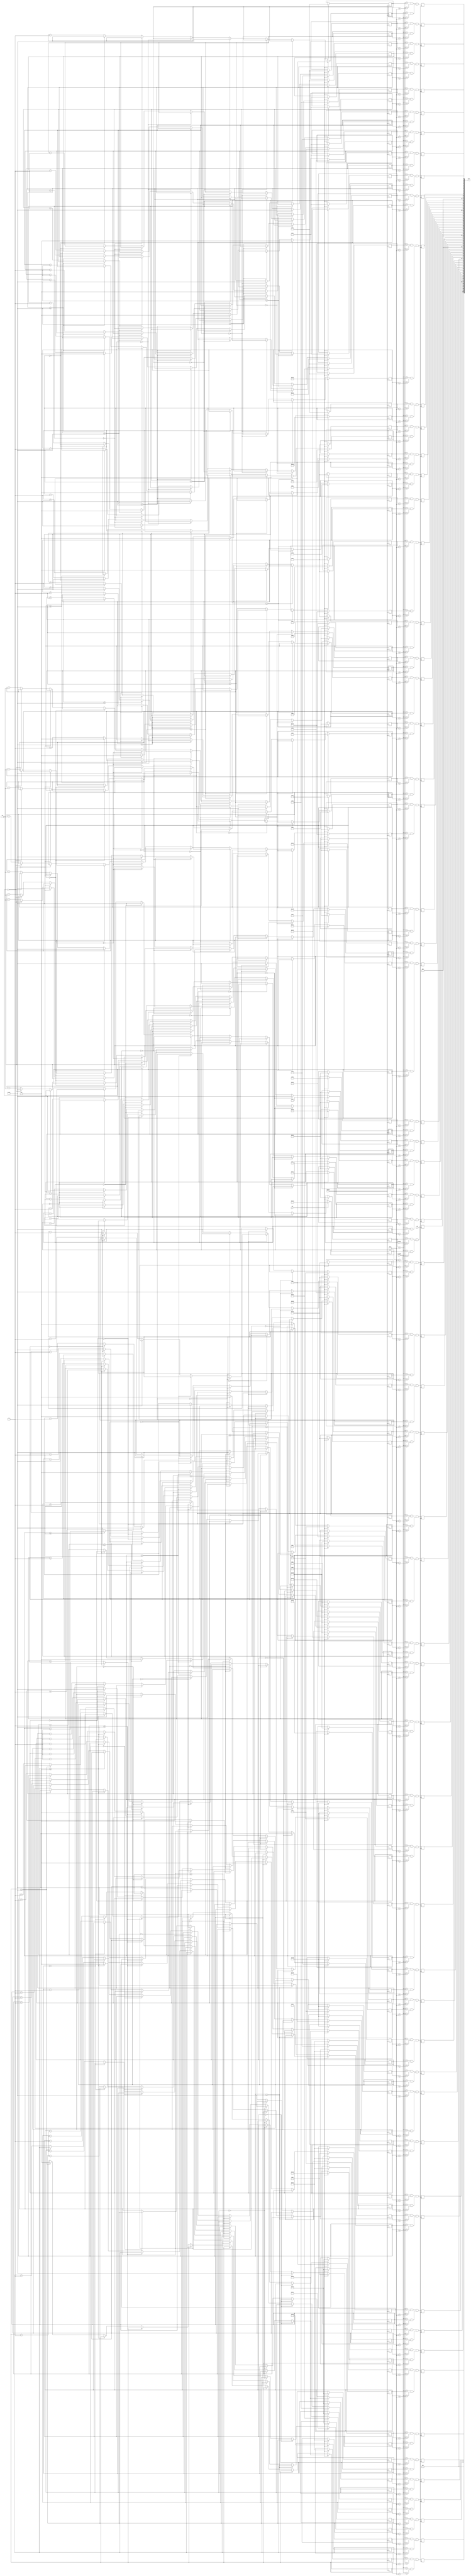
module Easy (clk,update,rst,xLength,yLength,cake);	
input clk,rst,update;

input [9:0]xLength;
input [9:0]yLength;
wire [9:0] xLength;
wire [9:0] yLength;

output [100:0]cake;

//cakes are being thrown out of trucks on either side of Guy
//trucks are numbered from left to right and can throw cakes from above or below

//truck 1 (far left truck)
assign cake[0] = truck1c0;
assign cake[1] = truck1c1;
assign cake[2] = truck1c2;
assign cake[3] = truck1c3;
assign cake[4] = truck1c4;
assign cake[5] = truck1c5;
//truck 2
assign cake[6] = truck2c0;
assign cake[7] = truck2c1;
assign cake[8] = truck2c2;
assign cake[9] = truck2c3;
assign cake[10] = truck2c4;
assign cake[11] = truck2c5;
//truck 3 (Doesnt throw cakes in Easy Mode)
assign cake[12] = 1'b0;
assign cake[13] = 1'b0;
assign cake[14] = 1'b0;
assign cake[15] = 1'b0;
assign cake[16] = 1'b0;
assign cake[17] = 1'b0;
//truck 4
assign cake[18] = truck4c0;
assign cake[19] = truck4c1;
assign cake[20] = truck4c2;
assign cake[21] = truck4c3;
assign cake[22] = truck4c4;
assign cake[23] = truck4c5;
//truck 5 (Doesnt throw cakes in Easy Mode)
assign cake[24] = 1'b0;
assign cake[25] = 1'b0;
assign cake[26] = 1'b0;
assign cake[27] = 1'b0;
assign cake[28] = 1'b0;
assign cake[29] = 1'b0;
//truck 6
assign cake[30] = truck6c0;
assign cake[31] = truck6c1;
assign cake[32] = truck6c2;
assign cake[33] = truck6c3;
assign cake[34] = truck6c4;
assign cake[35] = truck6c5;
assign cake[36] = truck6c6;
assign cake[37] = truck6c7;
//truck 7
assign cake[38] = truck7c0;
assign cake[39] = truck7c1;
assign cake[40] = truck7c2;
assign cake[41] = truck7c3;
assign cake[42] = truck7c4;
assign cake[43] = truck7c5;
//truck 8 (no cake falls here ever, its where Guy starts)
assign cake[44] = 1'b0;
assign cake[45] = 1'b0;
assign cake[46] = 1'b0;
assign cake[47] = 1'b0;
assign cake[48] = 1'b0;
assign cake[49] = 1'b0;
//truck 9
assign cake[50] = truck9c0;
assign cake[51] = truck9c1;
assign cake[52] = truck9c2;
assign cake[53] = truck9c3;
assign cake[54] = truck9c4;
assign cake[55] = truck9c5;
//truck 10 (Doesnt throw cakes in Easy Mode)
assign cake[56] = 1'b0;
assign cake[57] = 1'b0;
assign cake[58] = 1'b0;
assign cake[59] = 1'b0;
assign cake[60] = 1'b0;
assign cake[61] = 1'b0;
//truck 11
assign cake[62] = truck11c0;
assign cake[63] = truck11c1;
assign cake[64] = truck11c2;
assign cake[65] = truck11c3;
assign cake[66] = truck11c4;
assign cake[67] = truck11c5;
//truck 12 (Doesnt throw cakes in Easy Mode)
assign cake[68] = 1'b0;
assign cake[69] = 1'b0;
assign cake[70] = 1'b0;
assign cake[71] = 1'b0;
assign cake[72] = 1'b0;
assign cake[73] = 1'b0;
assign cake[74] = 1'b0;
//truck 13
assign cake[75] = truck13c0;
assign cake[76] = truck13c1;
assign cake[77] = truck13c2;
assign cake[78] = truck13c3;
assign cake[79] = truck13c4;
assign cake[80] = truck13c5;
//truck 14
assign cake[81] = truck14c0;
assign cake[82] = truck14c1;
assign cake[83] = truck14c2;
assign cake[84] = truck14c3;
assign cake[85] = truck14c4;
assign cake[86] = truck14c5;
assign cake[87] = truck14c6;
//truck 15 (Doesnt throw cakes in Easy Mode)
assign cake[88] = 1'b0;
assign cake[89] = 1'b0;
assign cake[90] = 1'b0;
assign cake[91] = 1'b0;
assign cake[92] = 1'b0;
assign cake[93] = 1'b0;
assign cake[94] = 1'b0;
//truck 16
assign cake[95] = truck16c0;
assign cake[96] = truck16c1;
assign cake[97] = truck16c2;
assign cake[98] = truck16c3;
assign cake[99] = truck16c4;
assign cake[100] = truck16c5;

//truck 1
reg truck1c0;
reg truck1c1;
reg truck1c2;
reg truck1c3;
reg truck1c4;
reg truck1c5;

//truck 2
reg truck2c0;
reg truck2c1;
reg truck2c2;
reg truck2c3;
reg truck2c4;
reg truck2c5;

//truck 3 (Doesnt throw cakes in Easy Mode)

//truck 4
reg truck4c0;
reg truck4c1;
reg truck4c2;
reg truck4c3;
reg truck4c4;
reg truck4c5;

//truck 5 (Doesnt throw cakes in Easy Mode)

//truck 6
reg truck6c0;
reg truck6c1;
reg truck6c2;
reg truck6c3;
reg truck6c4;
reg truck6c5;
reg truck6c6;
reg truck6c7;

//truck 7
reg truck7c0;
reg truck7c1;
reg truck7c2;
reg truck7c3;
reg truck7c4;
reg truck7c5;

//truck 8(not needed)

//truck 9
reg truck9c0;
reg truck9c1;
reg truck9c2;
reg truck9c3;
reg truck9c4;
reg truck9c5;

//truck 10 (Doesnt throw cakes in Easy Mode)

//truck 11
reg truck11c0;
reg truck11c1;
reg truck11c2;
reg truck11c3;
reg truck11c4;
reg truck11c5;

//truck 12 (Doesnt throw cakes in Easy Mode)

//truck 13
reg truck13c0;
reg truck13c1;
reg truck13c2;
reg truck13c3;
reg truck13c4;
reg truck13c5;

//truck 14
reg truck14c0;
reg truck14c1;
reg truck14c2;
reg truck14c3;
reg truck14c4;
reg truck14c5;
reg truck14c6;

//truck 15 (Doesnt throw cakes in Easy Mode)

//truck 16
reg truck16c0;
reg truck16c1;
reg truck16c2;
reg truck16c3;
reg truck16c4;
reg truck16c5;

//cake X directions

//truck 1
reg [9:0] truck1c0X [0:31];
reg [9:0] truck1c1X [0:31];
reg [9:0] truck1c2X [0:31];
reg [9:0] truck1c3X [0:31];
reg [9:0] truck1c4X [0:31];
reg [9:0] truck1c5X [0:31];

//truck 2
reg [9:0] truck2c0X [0:31];
reg [9:0] truck2c1X [0:31];
reg [9:0] truck2c2X [0:31];
reg [9:0] truck2c3X [0:31];
reg [9:0] truck2c4X [0:31];
reg [9:0] truck2c5X [0:31];

//truck 3(Doesnt throw cakes in Easy Mode)


//truck 4
reg [9:0] truck4c0X [0:31];
reg [9:0] truck4c1X [0:31];
reg [9:0] truck4c2X [0:31];
reg [9:0] truck4c3X [0:31];
reg [9:0] truck4c4X [0:31];
reg [9:0] truck4c5X [0:31];

//truck 5 (Doesnt throw cakes in Easy Mode)


//truck 6
reg [9:0] truck6c0X [0:31];
reg [9:0] truck6c1X [0:31];
reg [9:0] truck6c2X [0:31];
reg [9:0] truck6c3X [0:31];
reg [9:0] truck6c4X [0:31];
reg [9:0] truck6c5X [0:31];
reg [9:0] truck6c6X [0:31];
reg [9:0] truck6c7X [0:31];

//truck 7
reg [9:0] truck7c0X [0:31];
reg [9:0] truck7c1X [0:31];
reg [9:0] truck7c2X [0:31];
reg [9:0] truck7c3X [0:31];
reg [9:0] truck7c4X [0:31];
reg [9:0] truck7c5X [0:31];

//truck 8(not needed)

//truck 9
reg [9:0] truck9c0X [0:31];
reg [9:0] truck9c1X [0:31];
reg [9:0] truck9c2X [0:31];
reg [9:0] truck9c3X [0:31];
reg [9:0] truck9c4X [0:31];
reg [9:0] truck9c5X [0:31];

//truck 10 (Doesnt throw cakes in Easy Mode)


//truck 11
reg [9:0] truck11c0X [0:31];
reg [9:0] truck11c1X [0:31];
reg [9:0] truck11c2X [0:31];
reg [9:0] truck11c3X [0:31];
reg [9:0] truck11c4X [0:31];
reg [9:0] truck11c5X [0:31];

//truck 12 (Doesnt throw cakes in Easy Mode)


//truck 13
reg [9:0] truck13c0X [0:31];
reg [9:0] truck13c1X [0:31];
reg [9:0] truck13c2X [0:31];
reg [9:0] truck13c3X [0:31];
reg [9:0] truck13c4X [0:31];
reg [9:0] truck13c5X [0:31];

//truck 14
reg [9:0] truck14c0X [0:31];
reg [9:0] truck14c1X [0:31];
reg [9:0] truck14c2X [0:31];
reg [9:0] truck14c3X [0:31];
reg [9:0] truck14c4X [0:31];
reg [9:0] truck14c5X [0:31];
reg [9:0] truck14c6X [0:31];

//truck 15 (Doesnt throw cakes in Easy Mode)


//truck 16
reg [9:0] truck16c0X [0:31];
reg [9:0] truck16c1X [0:31];
reg [9:0] truck16c2X [0:31];
reg [9:0] truck16c3X [0:31];
reg [9:0] truck16c4X [0:31];
reg [9:0] truck16c5X [0:31];

//cake Y directions

//truck 1
reg [8:0] truck1c0Y [0:31];
reg [8:0] truck1c1Y [0:31];
reg [8:0] truck1c2Y [0:31];
reg [8:0] truck1c3Y [0:31];
reg [8:0] truck1c4Y [0:31];
reg [8:0] truck1c5Y [0:31];

//truck 2
reg [8:0] truck2c0Y [0:31];
reg [8:0] truck2c1Y [0:31];
reg [8:0] truck2c2Y [0:31];
reg [8:0] truck2c3Y [0:31];
reg [8:0] truck2c4Y [0:31];
reg [8:0] truck2c5Y [0:31];

//truck 3 (Doesnt throw cakes in Easy Mode)

//truck 4
reg [8:0] truck4c0Y [0:31];
reg [8:0] truck4c1Y [0:31];
reg [8:0] truck4c2Y [0:31];
reg [8:0] truck4c3Y [0:31];
reg [8:0] truck4c4Y [0:31];
reg [8:0] truck4c5Y [0:31];

//truck 5 (Doesnt throw cakes in Easy Mode)

//truck 6
reg [8:0] truck6c0Y [0:31];
reg [8:0] truck6c1Y [0:31];
reg [8:0] truck6c2Y [0:31];
reg [8:0] truck6c3Y [0:31];
reg [8:0] truck6c4Y [0:31];
reg [8:0] truck6c5Y [0:31];
reg [8:0] truck6c6Y [0:31];
reg [8:0] truck6c7Y [0:31];

//truck 7
reg [8:0] truck7c0Y [0:31];
reg [8:0] truck7c1Y [0:31];
reg [8:0] truck7c2Y [0:31];
reg [8:0] truck7c3Y [0:31];
reg [8:0] truck7c4Y [0:31];
reg [8:0] truck7c5Y [0:31];

//truck 8(not needed)

//truck 9
reg [8:0] truck9c0Y [0:31];
reg [8:0] truck9c1Y [0:31];
reg [8:0] truck9c2Y [0:31];
reg [8:0] truck9c3Y [0:31];
reg [8:0] truck9c4Y [0:31];
reg [8:0] truck9c5Y [0:31];

//truck 10 (Doesnt throw cakes in Easy Mode)

//truck 11
reg [8:0] truck11c0Y [0:31];
reg [8:0] truck11c1Y [0:31];
reg [8:0] truck11c2Y [0:31];
reg [8:0] truck11c3Y [0:31];
reg [8:0] truck11c4Y [0:31];
reg [8:0] truck11c5Y [0:31];

//truck 12 (Doesnt throw cakes in Easy Mode)

//truck 13
reg [8:0] truck13c0Y [0:31];
reg [8:0] truck13c1Y [0:31];
reg [8:0] truck13c2Y [0:31];
reg [8:0] truck13c3Y [0:31];
reg [8:0] truck13c4Y [0:31];
reg [8:0] truck13c5Y [0:31];

//truck 14
reg [8:0] truck14c0Y [0:31];
reg [8:0] truck14c1Y [0:31];
reg [8:0] truck14c2Y [0:31];
reg [8:0] truck14c3Y [0:31];
reg [8:0] truck14c4Y [0:31];
reg [8:0] truck14c5Y [0:31];
reg [8:0] truck14c6Y [0:31];

//truck 15 (Doesnt throw cakes in Easy Mode)

//truck 16
reg [8:0] truck16c0Y [0:31];
reg [8:0] truck16c1Y [0:31];
reg [8:0] truck16c2Y [0:31];
reg [8:0] truck16c3Y [0:31];
reg [8:0] truck16c4Y [0:31];
reg [8:0] truck16c5Y [0:31];


//controls the size of the "cakes" (All cakes are 20x20)
always@(posedge clk) 
	begin	
		//truck 1 
		truck1c0 <= (xLength > truck1c0X[0] && xLength < (truck1c0X[0]+10'd20)) && (yLength > truck1c0Y[0] && yLength < (truck1c0Y[0]+10'd20));
		truck1c1 <= (xLength > truck1c1X[0] && xLength < (truck1c1X[0]+10'd20)) && (yLength > truck1c1Y[0] && yLength < (truck1c1Y[0]+10'd20));
		truck1c2 <= (xLength > truck1c2X[0] && xLength < (truck1c2X[0]+10'd20)) && (yLength > truck1c2Y[0] && yLength < (truck1c2Y[0]+10'd20));
		truck1c3 <= (xLength > truck1c3X[0] && xLength < (truck1c3X[0]+10'd20)) && (yLength > truck1c3Y[0] && yLength < (truck1c3Y[0]+10'd20));
		truck1c4 <= (xLength > truck1c4X[0] && xLength < (truck1c4X[0]+10'd20)) && (yLength > truck1c4Y[0] && yLength < (truck1c4Y[0]+10'd20));
		truck1c5 <= (xLength > truck1c5X[0] && xLength < (truck1c5X[0]+10'd20)) && (yLength > truck1c5Y[0] && yLength < (truck1c5Y[0]+10'd20));
		
		//truck 2
		truck2c0 <= (xLength > truck2c0X[0] && xLength < (truck2c0X[0]+10'd20)) && (yLength > truck2c0Y[0] && yLength < (truck2c0Y[0]+10'd20));
		truck2c1 <= (xLength > truck2c1X[0] && xLength < (truck2c1X[0]+10'd20)) && (yLength > truck2c1Y[0] && yLength < (truck2c1Y[0]+10'd20));
		truck2c2 <= (xLength > truck2c2X[0] && xLength < (truck2c2X[0]+10'd20)) && (yLength > truck2c2Y[0] && yLength < (truck2c2Y[0]+10'd20));
		truck2c3 <= (xLength > truck2c3X[0] && xLength < (truck2c3X[0]+10'd20)) && (yLength > truck2c3Y[0] && yLength < (truck2c3Y[0]+10'd20));
		truck2c4 <= (xLength > truck2c4X[0] && xLength < (truck2c4X[0]+10'd20)) && (yLength > truck2c4Y[0] && yLength < (truck2c4Y[0]+10'd20));
		truck2c5 <= (xLength > truck2c5X[0] && xLength < (truck2c5X[0]+10'd20)) && (yLength > truck2c5Y[0] && yLength < (truck2c5Y[0]+10'd20));

		//truck 4
		truck4c0 <= (xLength > truck4c0X[0] && xLength < (truck4c0X[0]+10'd20)) && (yLength > truck4c0Y[0] && yLength < (truck4c0Y[0]+10'd20));
		truck4c1 <= (xLength > truck4c1X[0] && xLength < (truck4c1X[0]+10'd20)) && (yLength > truck4c1Y[0] && yLength < (truck4c1Y[0]+10'd20));
		truck4c2 <= (xLength > truck4c2X[0] && xLength < (truck4c2X[0]+10'd20)) && (yLength > truck4c2Y[0] && yLength < (truck4c2Y[0]+10'd20));
		truck4c3 <= (xLength > truck4c3X[0] && xLength < (truck4c3X[0]+10'd20)) && (yLength > truck4c3Y[0] && yLength < (truck4c3Y[0]+10'd20));
		truck4c4 <= (xLength > truck4c4X[0] && xLength < (truck4c4X[0]+10'd20)) && (yLength > truck4c4Y[0] && yLength < (truck4c4Y[0]+10'd20));
		truck4c5 <= (xLength > truck4c5X[0] && xLength < (truck4c5X[0]+10'd20)) && (yLength > truck4c5Y[0] && yLength < (truck4c5Y[0]+10'd20));

		//truck 6
		truck6c0 <= (xLength > truck6c0X[0] && xLength < (truck6c0X[0]+10'd20)) && (yLength > truck6c0Y[0] && yLength < (truck6c0Y[0]+10'd20));
		truck6c1 <= (xLength > truck6c1X[0] && xLength < (truck6c1X[0]+10'd20)) && (yLength > truck6c1Y[0] && yLength < (truck6c1Y[0]+10'd20));
		truck6c2 <= (xLength > truck6c2X[0] && xLength < (truck6c2X[0]+10'd20)) && (yLength > truck6c2Y[0] && yLength < (truck6c2Y[0]+10'd20));
		truck6c3 <= (xLength > truck6c3X[0] && xLength < (truck6c3X[0]+10'd20)) && (yLength > truck6c3Y[0] && yLength < (truck6c3Y[0]+10'd20));
		truck6c4 <= (xLength > truck6c4X[0] && xLength < (truck6c4X[0]+10'd20)) && (yLength > truck6c4Y[0] && yLength < (truck6c4Y[0]+10'd20));
		truck6c5 <= (xLength > truck6c5X[0] && xLength < (truck6c5X[0]+10'd20)) && (yLength > truck6c5Y[0] && yLength < (truck6c5Y[0]+10'd20));
		truck6c6 <= (xLength > truck6c6X[0] && xLength < (truck6c6X[0]+10'd20)) && (yLength > truck6c6Y[0] && yLength < (truck6c6Y[0]+10'd20));
		truck6c7 <= (xLength > truck6c7X[0] && xLength < (truck6c7X[0]+10'd20)) && (yLength > truck6c7Y[0] && yLength < (truck6c7Y[0]+10'd20));
		
		//truck 7
		truck7c0 <= (xLength > truck7c0X[0] && xLength < (truck7c0X[0]+10'd20)) && (yLength > truck7c0Y[0] && yLength < (truck7c0Y[0]+10'd20));
		truck7c1 <= (xLength > truck7c1X[0] && xLength < (truck7c1X[0]+10'd20)) && (yLength > truck7c1Y[0] && yLength < (truck7c1Y[0]+10'd20));
		truck7c2 <= (xLength > truck7c2X[0] && xLength < (truck7c2X[0]+10'd20)) && (yLength > truck7c2Y[0] && yLength < (truck7c2Y[0]+10'd20));
		truck7c3 <= (xLength > truck7c3X[0] && xLength < (truck7c3X[0]+10'd20)) && (yLength > truck7c3Y[0] && yLength < (truck7c3Y[0]+10'd20));
		truck7c4 <= (xLength > truck7c4X[0] && xLength < (truck7c4X[0]+10'd20)) && (yLength > truck7c4Y[0] && yLength < (truck7c4Y[0]+10'd20));
		truck7c5 <= (xLength > truck7c5X[0] && xLength < (truck7c5X[0]+10'd20)) && (yLength > truck7c5Y[0] && yLength < (truck7c5Y[0]+10'd20));

		//truck 9
		truck9c0 <= (xLength > truck9c0X[0] && xLength < (truck9c0X[0]+10'd20)) && (yLength > truck9c0Y[0] && yLength < (truck9c0Y[0]+10'd20));
		truck9c1 <= (xLength > truck9c1X[0] && xLength < (truck9c1X[0]+10'd20)) && (yLength > truck9c1Y[0] && yLength < (truck9c1Y[0]+10'd20));
		truck9c2 <= (xLength > truck9c2X[0] && xLength < (truck9c2X[0]+10'd20)) && (yLength > truck9c2Y[0] && yLength < (truck9c2Y[0]+10'd20));
		truck9c3 <= (xLength > truck9c3X[0] && xLength < (truck9c3X[0]+10'd20)) && (yLength > truck9c3Y[0] && yLength < (truck9c3Y[0]+10'd20));
		truck9c4 <= (xLength > truck9c4X[0] && xLength < (truck9c4X[0]+10'd20)) && (yLength > truck9c4Y[0] && yLength < (truck9c4Y[0]+10'd20));
		truck9c5 <= (xLength > truck9c5X[0] && xLength < (truck9c5X[0]+10'd20)) && (yLength > truck9c5Y[0] && yLength < (truck9c5Y[0]+10'd20));
		
		//truck 11
		truck11c0 <= (xLength > truck11c0X[0] && xLength < (truck11c0X[0]+10'd20)) && (yLength > truck11c0Y[0] && yLength < (truck11c0Y[0]+10'd20));
		truck11c1 <= (xLength > truck11c1X[0] && xLength < (truck11c1X[0]+10'd20)) && (yLength > truck11c1Y[0] && yLength < (truck11c1Y[0]+10'd20));
		truck11c2 <= (xLength > truck11c2X[0] && xLength < (truck11c2X[0]+10'd20)) && (yLength > truck11c2Y[0] && yLength < (truck11c2Y[0]+10'd20));
		truck11c3 <= (xLength > truck11c3X[0] && xLength < (truck11c3X[0]+10'd20)) && (yLength > truck11c3Y[0] && yLength < (truck11c3Y[0]+10'd20));
		truck11c4 <= (xLength > truck11c4X[0] && xLength < (truck11c4X[0]+10'd20)) && (yLength > truck11c4Y[0] && yLength < (truck11c4Y[0]+10'd20));
		truck11c5 <= (xLength > truck11c5X[0] && xLength < (truck11c5X[0]+10'd20)) && (yLength > truck11c5Y[0] && yLength < (truck11c5Y[0]+10'd20));
		
		//truck 13
		truck13c0 <= (xLength > truck13c0X[0] && xLength < (truck13c0X[0]+10'd20)) && (yLength > truck13c0Y[0] && yLength < (truck13c0Y[0]+10'd20));
		truck13c1 <= (xLength > truck13c1X[0] && xLength < (truck13c1X[0]+10'd20)) && (yLength > truck13c1Y[0] && yLength < (truck13c1Y[0]+10'd20));
		truck13c2 <= (xLength > truck13c2X[0] && xLength < (truck13c2X[0]+10'd20)) && (yLength > truck13c2Y[0] && yLength < (truck13c2Y[0]+10'd20));
		truck13c3 <= (xLength > truck13c3X[0] && xLength < (truck13c3X[0]+10'd20)) && (yLength > truck13c3Y[0] && yLength < (truck13c3Y[0]+10'd20));
		truck13c4 <= (xLength > truck13c4X[0] && xLength < (truck13c4X[0]+10'd20)) && (yLength > truck13c4Y[0] && yLength < (truck13c4Y[0]+10'd20));
		truck13c5 <= (xLength > truck13c5X[0] && xLength < (truck13c5X[0]+10'd20)) && (yLength > truck13c5Y[0] && yLength < (truck13c5Y[0]+10'd20));
			
		//truck 14
		truck14c0 <= (xLength > truck14c0X[0] && xLength < (truck14c0X[0]+10'd20)) && (yLength > truck14c0Y[0] && yLength < (truck14c0Y[0]+10'd20));
		truck14c1 <= (xLength > truck14c1X[0] && xLength < (truck14c1X[0]+10'd20)) && (yLength > truck14c1Y[0] && yLength < (truck14c1Y[0]+10'd20));
		truck14c2 <= (xLength > truck14c2X[0] && xLength < (truck14c2X[0]+10'd20)) && (yLength > truck14c2Y[0] && yLength < (truck14c2Y[0]+10'd20));
		truck14c3 <= (xLength > truck14c3X[0] && xLength < (truck14c3X[0]+10'd20)) && (yLength > truck14c3Y[0] && yLength < (truck14c3Y[0]+10'd20));
		truck14c4 <= (xLength > truck14c4X[0] && xLength < (truck14c4X[0]+10'd20)) && (yLength > truck14c4Y[0] && yLength < (truck14c4Y[0]+10'd20));
		truck14c5 <= (xLength > truck14c5X[0] && xLength < (truck14c5X[0]+10'd20)) && (yLength > truck14c5Y[0] && yLength < (truck14c5Y[0]+10'd20));
		truck14c6 <= (xLength > truck14c6X[0] && xLength < (truck14c6X[0]+10'd20)) && (yLength > truck14c6Y[0] && yLength < (truck14c6Y[0]+10'd20));
		
		//truck 16
		truck16c0 <= (xLength > truck16c0X[0] && xLength < (truck16c0X[0]+10'd20)) && (yLength > truck16c0Y[0] && yLength < (truck16c0Y[0]+10'd20));
		truck16c1 <= (xLength > truck16c1X[0] && xLength < (truck16c1X[0]+10'd20)) && (yLength > truck16c1Y[0] && yLength < (truck16c1Y[0]+10'd20));
		truck16c2 <= (xLength > truck16c2X[0] && xLength < (truck16c2X[0]+10'd20)) && (yLength > truck16c2Y[0] && yLength < (truck16c2Y[0]+10'd20));
		truck16c3 <= (xLength > truck16c3X[0] && xLength < (truck16c3X[0]+10'd20)) && (yLength > truck16c3Y[0] && yLength < (truck16c3Y[0]+10'd20));
		truck16c4 <= (xLength > truck16c4X[0] && xLength < (truck16c4X[0]+10'd20)) && (yLength > truck16c4Y[0] && yLength < (truck16c4Y[0]+10'd20));
		truck16c5 <= (xLength > truck16c5X[0] && xLength < (truck16c5X[0]+10'd20)) && (yLength > truck16c5Y[0] && yLength < (truck16c5Y[0]+10'd20));
				
	end

	/////truck1 cake positioning and speed
always @(posedge update)
	begin
		if (rst == 1'b1)
			begin //starting position of truck1 cake				
				truck1c0X[0] <= 10'd65;
				truck1c0Y[0] <= 9'd70;
				truck1c1X[0] <= 10'd65;
				truck1c1Y[0] <= 9'd150;
				truck1c2X[0] <= 10'd65;
				truck1c2Y[0] <= 9'd200;
				truck1c3X[0] <= 10'd65;
				truck1c3Y[0] <= 9'd290;
				truck1c4X[0] <= 10'd65;
				truck1c4Y[0] <= 9'd370;
				truck1c5X[0] <= 10'd65;
				truck1c5Y[0] <= 9'd450;
			
			end
			
		//recycling cake back to the start of the truck
		else if (truck1c0Y[0] >= 9'd480)
			truck1c0Y[0] <= 9'd0;
		else if (truck1c1Y[0] >= 9'd480)
			truck1c1Y[0] <= 9'd0;
		else if (truck1c2Y[0] >= 9'd480)
			truck1c2Y[0] <= 9'd0;
		else if (truck1c3Y[0] >= 9'd480)
			truck1c3Y[0] <= 9'd0;
		else if (truck1c4Y[0] >= 9'd480)
			truck1c4Y[0] <= 9'd0;
		else if (truck1c5Y[0] >= 9'd480)
			truck1c5Y[0] <= 9'd0;


		else
			begin //rate and direction of cake
				truck1c0Y[0] <= truck1c0Y[0] + 9'd1;
				truck1c1Y[0] <= truck1c1Y[0] + 9'd1;
				truck1c2Y[0] <= truck1c2Y[0] + 9'd1;
				truck1c3Y[0] <= truck1c3Y[0] + 9'd1;
				truck1c4Y[0] <= truck1c4Y[0] + 9'd1;
				truck1c5Y[0] <= truck1c5Y[0] + 9'd1;	
			end
	end
//
	/////truck2 cake positioning and speed
always @(posedge update)
	begin
		if (rst == 1'b1)
			begin //starting position of truck2 cake				
				truck2c0X[0] <= 10'd100;
				truck2c0Y[0] <= 9'd50;
				truck2c1X[0] <= 10'd100;
				truck2c1Y[0] <= 9'd150;
				truck2c2X[0] <= 10'd100;
				truck2c2Y[0] <= 9'd220;
				truck2c3X[0] <= 10'd100;
				truck2c3Y[0] <= 9'd290;
				truck2c4X[0] <= 10'd100;
				truck2c4Y[0] <= 9'd340;
				truck2c5X[0] <= 10'd100;
				truck2c5Y[0] <= 9'd440;
			
			end
			
		//recycling cake back to the start of the truck
		else if (truck2c0Y[0] == 9'd0)
			truck2c0Y[0] <= 9'd480;
		else if (truck2c1Y[0] == 9'd0)
			truck2c1Y[0] <= 9'd480;
		else if (truck2c2Y[0] == 9'd0)
			truck2c2Y[0] <= 9'd480;
		else if (truck2c3Y[0] == 9'd0)
			truck2c3Y[0] <= 9'd480;
		else if (truck2c4Y[0] == 9'd0)
			truck2c4Y[0] <= 9'd480;
		else if (truck2c5Y[0] == 9'd0)
			truck2c5Y[0] <= 9'd480;


		else
			begin //rate and direction of cake
				truck2c0Y[0] <= truck2c0Y[0] - 9'd1;
				truck2c1Y[0] <= truck2c1Y[0] - 9'd1;
				truck2c2Y[0] <= truck2c2Y[0] - 9'd1;
				truck2c3Y[0] <= truck2c3Y[0] - 9'd1;
				truck2c4Y[0] <= truck2c4Y[0] - 9'd1;
				truck2c5Y[0] <= truck2c5Y[0] - 9'd1;	
			end
	end
	

	
	/////truck4 cake positioning and speed
always @(posedge update)
	begin
		if (rst == 1'b1)
			begin //starting position of truck4 cake				
				truck4c0X[0] <= 10'd170;
				truck4c0Y[0] <= 9'd16;
				truck4c1X[0] <= 10'd170;
				truck4c1Y[0] <= 9'd69;
				truck4c2X[0] <= 10'd170;
				truck4c2Y[0] <= 9'd145;
				truck4c3X[0] <= 10'd170;
				truck4c3Y[0] <= 9'd215;
				truck4c4X[0] <= 10'd170;
				truck4c4Y[0] <= 9'd375;
				truck4c5X[0] <= 10'd170;
				truck4c5Y[0] <= 9'd420;
			
			end
			
		//recycling cake back to the start of the truck
		else if (truck4c0Y[0] >= 9'd480)
			truck4c0Y[0] <= 9'd0;
		else if (truck4c1Y[0] >= 9'd480)
			truck4c1Y[0] <= 9'd0;
		else if (truck4c2Y[0] >= 9'd480)
			truck4c2Y[0] <= 9'd0;
		else if (truck4c3Y[0] >= 9'd480)
			truck4c3Y[0] <= 9'd0;
		else if (truck4c4Y[0] >= 9'd480)
			truck4c4Y[0] <= 9'd0;
		else if (truck4c5Y[0] >= 9'd480)
			truck4c5Y[0] <= 9'd0;


		else
			begin //rate and direction of cake
				truck4c0Y[0] <= truck4c0Y[0] + 9'd1;
				truck4c1Y[0] <= truck4c1Y[0] + 9'd1;
				truck4c2Y[0] <= truck4c2Y[0] + 9'd1;
				truck4c3Y[0] <= truck4c3Y[0] + 9'd1;
				truck4c4Y[0] <= truck4c4Y[0] + 9'd1;
				truck4c5Y[0] <= truck4c5Y[0] + 9'd1;	
			end
	end

	
	/////truck6 cake positioning and speed
always @(posedge update)
	begin
		if (rst == 1'b1)
			begin //starting position of truck6 cake				
				truck6c0X[0] <= 10'd240;
				truck6c0Y[0] <= 9'd25;
				truck6c1X[0] <= 10'd240;
				truck6c1Y[0] <= 9'd75;
				truck6c2X[0] <= 10'd240;
				truck6c2Y[0] <= 9'd180;
				truck6c3X[0] <= 10'd240;
				truck6c3Y[0] <= 9'd210;
				truck6c4X[0] <= 10'd240;
				truck6c4Y[0] <= 9'd350;
				truck6c5X[0] <= 10'd240;
				truck6c5Y[0] <= 9'd375;
				truck6c6X[0] <= 10'd240;
				truck6c6Y[0] <= 9'd415;
				truck6c7X[0] <= 10'd240;
				truck6c7Y[0] <= 9'd460;
			
			end
			
		//recycling cake back to the start of the truck
		else if (truck6c0Y[0] == 9'd0)
			truck6c0Y[0] <= 9'd480;
		else if (truck6c1Y[0] == 9'd0)
			truck6c1Y[0] <= 9'd480;
		else if (truck6c2Y[0] == 9'd0)
			truck6c2Y[0] <= 9'd480;
		else if (truck6c3Y[0] == 9'd0)
			truck6c3Y[0] <= 9'd480;
		else if (truck6c4Y[0] == 9'd0)
			truck6c4Y[0] <= 9'd480;
		else if (truck6c5Y[0] == 9'd0)
			truck6c5Y[0] <= 9'd480;
		else if (truck6c6Y[0] == 9'd0)
			truck6c6Y[0] <= 9'd480;
		else if (truck6c7Y[0] == 9'd0)
			truck6c7Y[0] <= 9'd480;


		else
			begin //rate and direction of cake
				truck6c0Y[0] <= truck6c0Y[0] - 9'd2;
				truck6c1Y[0] <= truck6c1Y[0] - 9'd2;
				truck6c2Y[0] <= truck6c2Y[0] - 9'd2;
				truck6c3Y[0] <= truck6c3Y[0] - 9'd2;
				truck6c4Y[0] <= truck6c4Y[0] - 9'd2;
				truck6c5Y[0] <= truck6c5Y[0] - 9'd2;
				truck6c6Y[0] <= truck6c6Y[0] - 9'd2;
				truck6c7Y[0] <= truck6c7Y[0] - 9'd2;	
			end
	end
	
	/////truck7 cake positioning and speed
always @(posedge update)
	begin
		if (rst == 1'b1)
			begin //starting position of truck7 cake				
				truck7c0X[0] <= 10'd275;
				truck7c0Y[0] <= 9'd55;
				truck7c1X[0] <= 10'd275;
				truck7c1Y[0] <= 9'd155;
				truck7c2X[0] <= 10'd275;
				truck7c2Y[0] <= 9'd225;
				truck7c3X[0] <= 10'd275;
				truck7c3Y[0] <= 9'd296;
				truck7c4X[0] <= 10'd275;
				truck7c4Y[0] <= 9'd348;
				truck7c5X[0] <= 10'd275;
				truck7c5Y[0] <= 9'd451;
			
			end
			
		//recycling cake back to the start of the truck
		else if (truck7c0Y[0] == 9'd0)
			truck7c0Y[0] <= 9'd480;
		else if (truck7c1Y[0] == 9'd0)
			truck7c1Y[0] <= 9'd480;
		else if (truck7c2Y[0] == 9'd0)
			truck7c2Y[0] <= 9'd480;
		else if (truck7c3Y[0] == 9'd0)
			truck7c3Y[0] <= 9'd480;
		else if (truck7c4Y[0] == 9'd0)
			truck7c4Y[0] <= 9'd480;
		else if (truck7c5Y[0] == 9'd0)
			truck7c5Y[0] <= 9'd480;


		else
			begin //rate and direction of cake
				truck7c0Y[0] <= truck7c0Y[0] - 9'd1;
				truck7c1Y[0] <= truck7c1Y[0] - 9'd1;
				truck7c2Y[0] <= truck7c2Y[0] - 9'd1;
				truck7c3Y[0] <= truck7c3Y[0] - 9'd1;
				truck7c4Y[0] <= truck7c4Y[0] - 9'd1;
				truck7c5Y[0] <= truck7c5Y[0] - 9'd1;	
			end
	end
	
//No truck 8 (safe zone from 285-325 x)

/////truck9 cake positioning and speed
always @(posedge update)
	begin
		if (rst == 1'b1)
			begin //starting position of truck9 cake				
				truck9c0X[0] <= 10'd335;
				truck9c0Y[0] <= 9'd70;
				truck9c1X[0] <= 10'd335;
				truck9c1Y[0] <= 9'd160;
				truck9c2X[0] <= 10'd335;
				truck9c2Y[0] <= 9'd220;
				truck9c3X[0] <= 10'd335;
				truck9c3Y[0] <= 9'd255;
				truck9c4X[0] <= 10'd335;
				truck9c4Y[0] <= 9'd315;
				truck9c5X[0] <= 10'd335;
				truck9c5Y[0] <= 9'd420;
			
			end
			
		//recycling cake back to the start of the truck
		else if (truck9c0Y[0] == 9'd0)
			truck9c0Y[0] <= 9'd480;
		else if (truck9c1Y[0] == 9'd0)
			truck9c1Y[0] <= 9'd480;
		else if (truck9c2Y[0] == 9'd0)
			truck9c2Y[0] <= 9'd480;
		else if (truck9c3Y[0] == 9'd0)
			truck9c3Y[0] <= 9'd480;
		else if (truck9c4Y[0] == 9'd0)
			truck9c4Y[0] <= 9'd480;
		else if (truck9c5Y[0] == 9'd0)
			truck9c5Y[0] <= 9'd480;


		else
			begin //rate and direction of cake
				truck9c0Y[0] <= truck9c0Y[0] - 9'd1;
				truck9c1Y[0] <= truck9c1Y[0] - 9'd1;
				truck9c2Y[0] <= truck9c2Y[0] - 9'd1;
				truck9c3Y[0] <= truck9c3Y[0] - 9'd1;
				truck9c4Y[0] <= truck9c4Y[0] - 9'd1;
				truck9c5Y[0] <= truck9c5Y[0] - 9'd1;	
			end
	end
	

	
	/////truck11 cake positioning and speed
always @(posedge update)
	begin
		if (rst == 1'b1)
			begin //starting position of truck4 cake				
				truck11c0X[0] <= 10'd405;
				truck11c0Y[0] <= 9'd60;
				truck11c1X[0] <= 10'd405;
				truck11c1Y[0] <= 9'd190;
				truck11c2X[0] <= 10'd405;
				truck11c2Y[0] <= 9'd235;
				truck11c3X[0] <= 10'd405;
				truck11c3Y[0] <= 9'd280;
				truck11c4X[0] <= 10'd405;
				truck11c4Y[0] <= 9'd370;
				truck11c5X[0] <= 10'd405;
				truck11c5Y[0] <= 9'd445;
			
			end
			
		//recycling cake back to the start of the truck
		else if (truck11c0Y[0] >= 9'd480)
			truck11c0Y[0] <= 9'd0;
		else if (truck11c1Y[0] >= 9'd480)
			truck11c1Y[0] <= 9'd0;
		else if (truck11c2Y[0] >= 9'd480)
			truck11c2Y[0] <= 9'd0;
		else if (truck11c3Y[0] >= 9'd480)
			truck11c3Y[0] <= 9'd0;
		else if (truck11c4Y[0] >= 9'd480)
			truck11c4Y[0] <= 9'd0;
		else if (truck11c5Y[0] >= 9'd480)
			truck11c5Y[0] <= 9'd0;


		else
			begin //rate and direction of cake
				truck11c0Y[0] <= truck11c0Y[0] + 9'd1;
				truck11c1Y[0] <= truck11c1Y[0] + 9'd1;
				truck11c2Y[0] <= truck11c2Y[0] + 9'd1;
				truck11c3Y[0] <= truck11c3Y[0] + 9'd1;
				truck11c4Y[0] <= truck11c4Y[0] + 9'd1;
				truck11c5Y[0] <= truck11c5Y[0] + 9'd1;	
			end
	end		
	
	
	
/////truck13 cake positioning and speed
always @(posedge update)
	begin
		if (rst == 1'b1)
			begin //starting position of truck13 cake				
				truck13c0X[0] <= 10'd475;
				truck13c0Y[0] <= 9'd50;
				truck13c1X[0] <= 10'd475;
				truck13c1Y[0] <= 9'd160;
				truck13c2X[0] <= 10'd475;
				truck13c2Y[0] <= 9'd220;
				truck13c3X[0] <= 10'd475;
				truck13c3Y[0] <= 9'd255;
				truck13c4X[0] <= 10'd475;
				truck13c4Y[0] <= 9'd335;
				truck13c5X[0] <= 10'd475;
				truck13c5Y[0] <= 9'd430;
			
			end
			
		//recycling cake back to the start of the truck
		else if (truck13c0Y[0] == 9'd0)
			truck13c0Y[0] <= 9'd480;
		else if (truck13c1Y[0] == 9'd0)
			truck13c1Y[0] <= 9'd480;
		else if (truck13c2Y[0] == 9'd0)
			truck13c2Y[0] <= 9'd480;
		else if (truck13c3Y[0] == 9'd0)
			truck13c3Y[0] <= 9'd480;
		else if (truck13c4Y[0] == 9'd0)
			truck13c4Y[0] <= 9'd480;
		else if (truck13c5Y[0] == 9'd0)
			truck13c5Y[0] <= 9'd480;


		else
			begin //rate and direction of cake
				truck13c0Y[0] <= truck13c0Y[0] - 9'd1;
				truck13c1Y[0] <= truck13c1Y[0] - 9'd1;
				truck13c2Y[0] <= truck13c2Y[0] - 9'd1;
				truck13c3Y[0] <= truck13c3Y[0] - 9'd1;
				truck13c4Y[0] <= truck13c4Y[0] - 9'd1;
				truck13c5Y[0] <= truck13c5Y[0] - 9'd1;	
			end
	end	
	
	
/////truck14 cake positioning and speed
always @(posedge update)
	begin
		if (rst == 1'b1)
			begin //starting position of truck14 cake				
				truck14c0X[0] <= 10'd510;
				truck14c0Y[0] <= 9'd20;
				truck14c1X[0] <= 10'd510;
				truck14c1Y[0] <= 9'd100;
				truck14c2X[0] <= 10'd510;
				truck14c2Y[0] <= 9'd200;
				truck14c3X[0] <= 10'd510;
				truck14c3Y[0] <= 9'd255;
				truck14c4X[0] <= 10'd510;
				truck14c4Y[0] <= 9'd330;
				truck14c5X[0] <= 10'd510;
				truck14c5Y[0] <= 9'd400;
				truck14c6X[0] <= 10'd510;
				truck14c6Y[0] <= 9'd430;
			
			
			end
			
		//recycling cake back to the start of the truck
		else if (truck14c0Y[0] >= 9'd480)
			truck14c0Y[0] <= 9'd0;
		else if (truck14c1Y[0] >= 9'd480)
			truck14c1Y[0] <= 9'd0;
		else if (truck14c2Y[0] >= 9'd480)
			truck14c2Y[0] <= 9'd0;
		else if (truck14c3Y[0] >= 9'd480)
			truck14c3Y[0] <= 9'd0;
		else if (truck14c4Y[0] >= 9'd480)
			truck14c4Y[0] <= 9'd0;
		else if (truck14c5Y[0] >= 9'd480)
			truck14c5Y[0] <= 9'd0;
		else if (truck14c6Y[0] >= 9'd480)
			truck14c6Y[0] <= 9'd0;


		else
			begin //rate and direction of cake
				truck14c0Y[0] <= truck14c0Y[0] + 9'd1;
				truck14c1Y[0] <= truck14c1Y[0] + 9'd1;
				truck14c2Y[0] <= truck14c2Y[0] + 9'd1;
				truck14c3Y[0] <= truck14c3Y[0] + 9'd1;
				truck14c4Y[0] <= truck14c4Y[0] + 9'd1;
				truck14c5Y[0] <= truck14c5Y[0] + 9'd1;
				truck14c6Y[0] <= truck14c6Y[0] + 9'd1;		
			end
	end	
	
	
/////truck16 cake positioning and speed
always @(posedge update)
	begin
		if (rst == 1'b1)
			begin //starting position of truck16 cake				
				truck16c0X[0] <= 10'd580;
				truck16c0Y[0] <= 9'd100;
				truck16c1X[0] <= 10'd580;
				truck16c1Y[0] <= 9'd150;
				truck16c2X[0] <= 10'd580;
				truck16c2Y[0] <= 9'd220;
				truck16c3X[0] <= 10'd580;
				truck16c3Y[0] <= 9'd300;
				truck16c4X[0] <= 10'd580;
				truck16c4Y[0] <= 9'd340;
				truck16c5X[0] <= 10'd580;
				truck16c5Y[0] <= 9'd430;
			
			end
			
		//recycling cake back to the start of the truck
		else if (truck16c0Y[0] == 9'd0)
			truck16c0Y[0] <= 9'd480;
		else if (truck16c1Y[0] == 9'd0)
			truck16c1Y[0] <= 9'd480;
		else if (truck16c2Y[0] == 9'd0)
			truck16c2Y[0] <= 9'd480;
		else if (truck16c3Y[0] == 9'd0)
			truck16c3Y[0] <= 9'd480;
		else if (truck16c4Y[0] == 9'd0)
			truck16c4Y[0] <= 9'd480;
		else if (truck16c5Y[0] == 9'd0)
			truck16c5Y[0] <= 9'd480;


		else
			begin //rate and direction of cake
				truck16c0Y[0] <= truck16c0Y[0] - 9'd1;
				truck16c1Y[0] <= truck16c1Y[0] - 9'd1;
				truck16c2Y[0] <= truck16c2Y[0] - 9'd1;
				truck16c3Y[0] <= truck16c3Y[0] - 9'd1;
				truck16c4Y[0] <= truck16c4Y[0] - 9'd1;
				truck16c5Y[0] <= truck16c5Y[0] - 9'd1;	
			end
	end	
		
	
endmodule